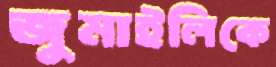
জুমাইলিকে